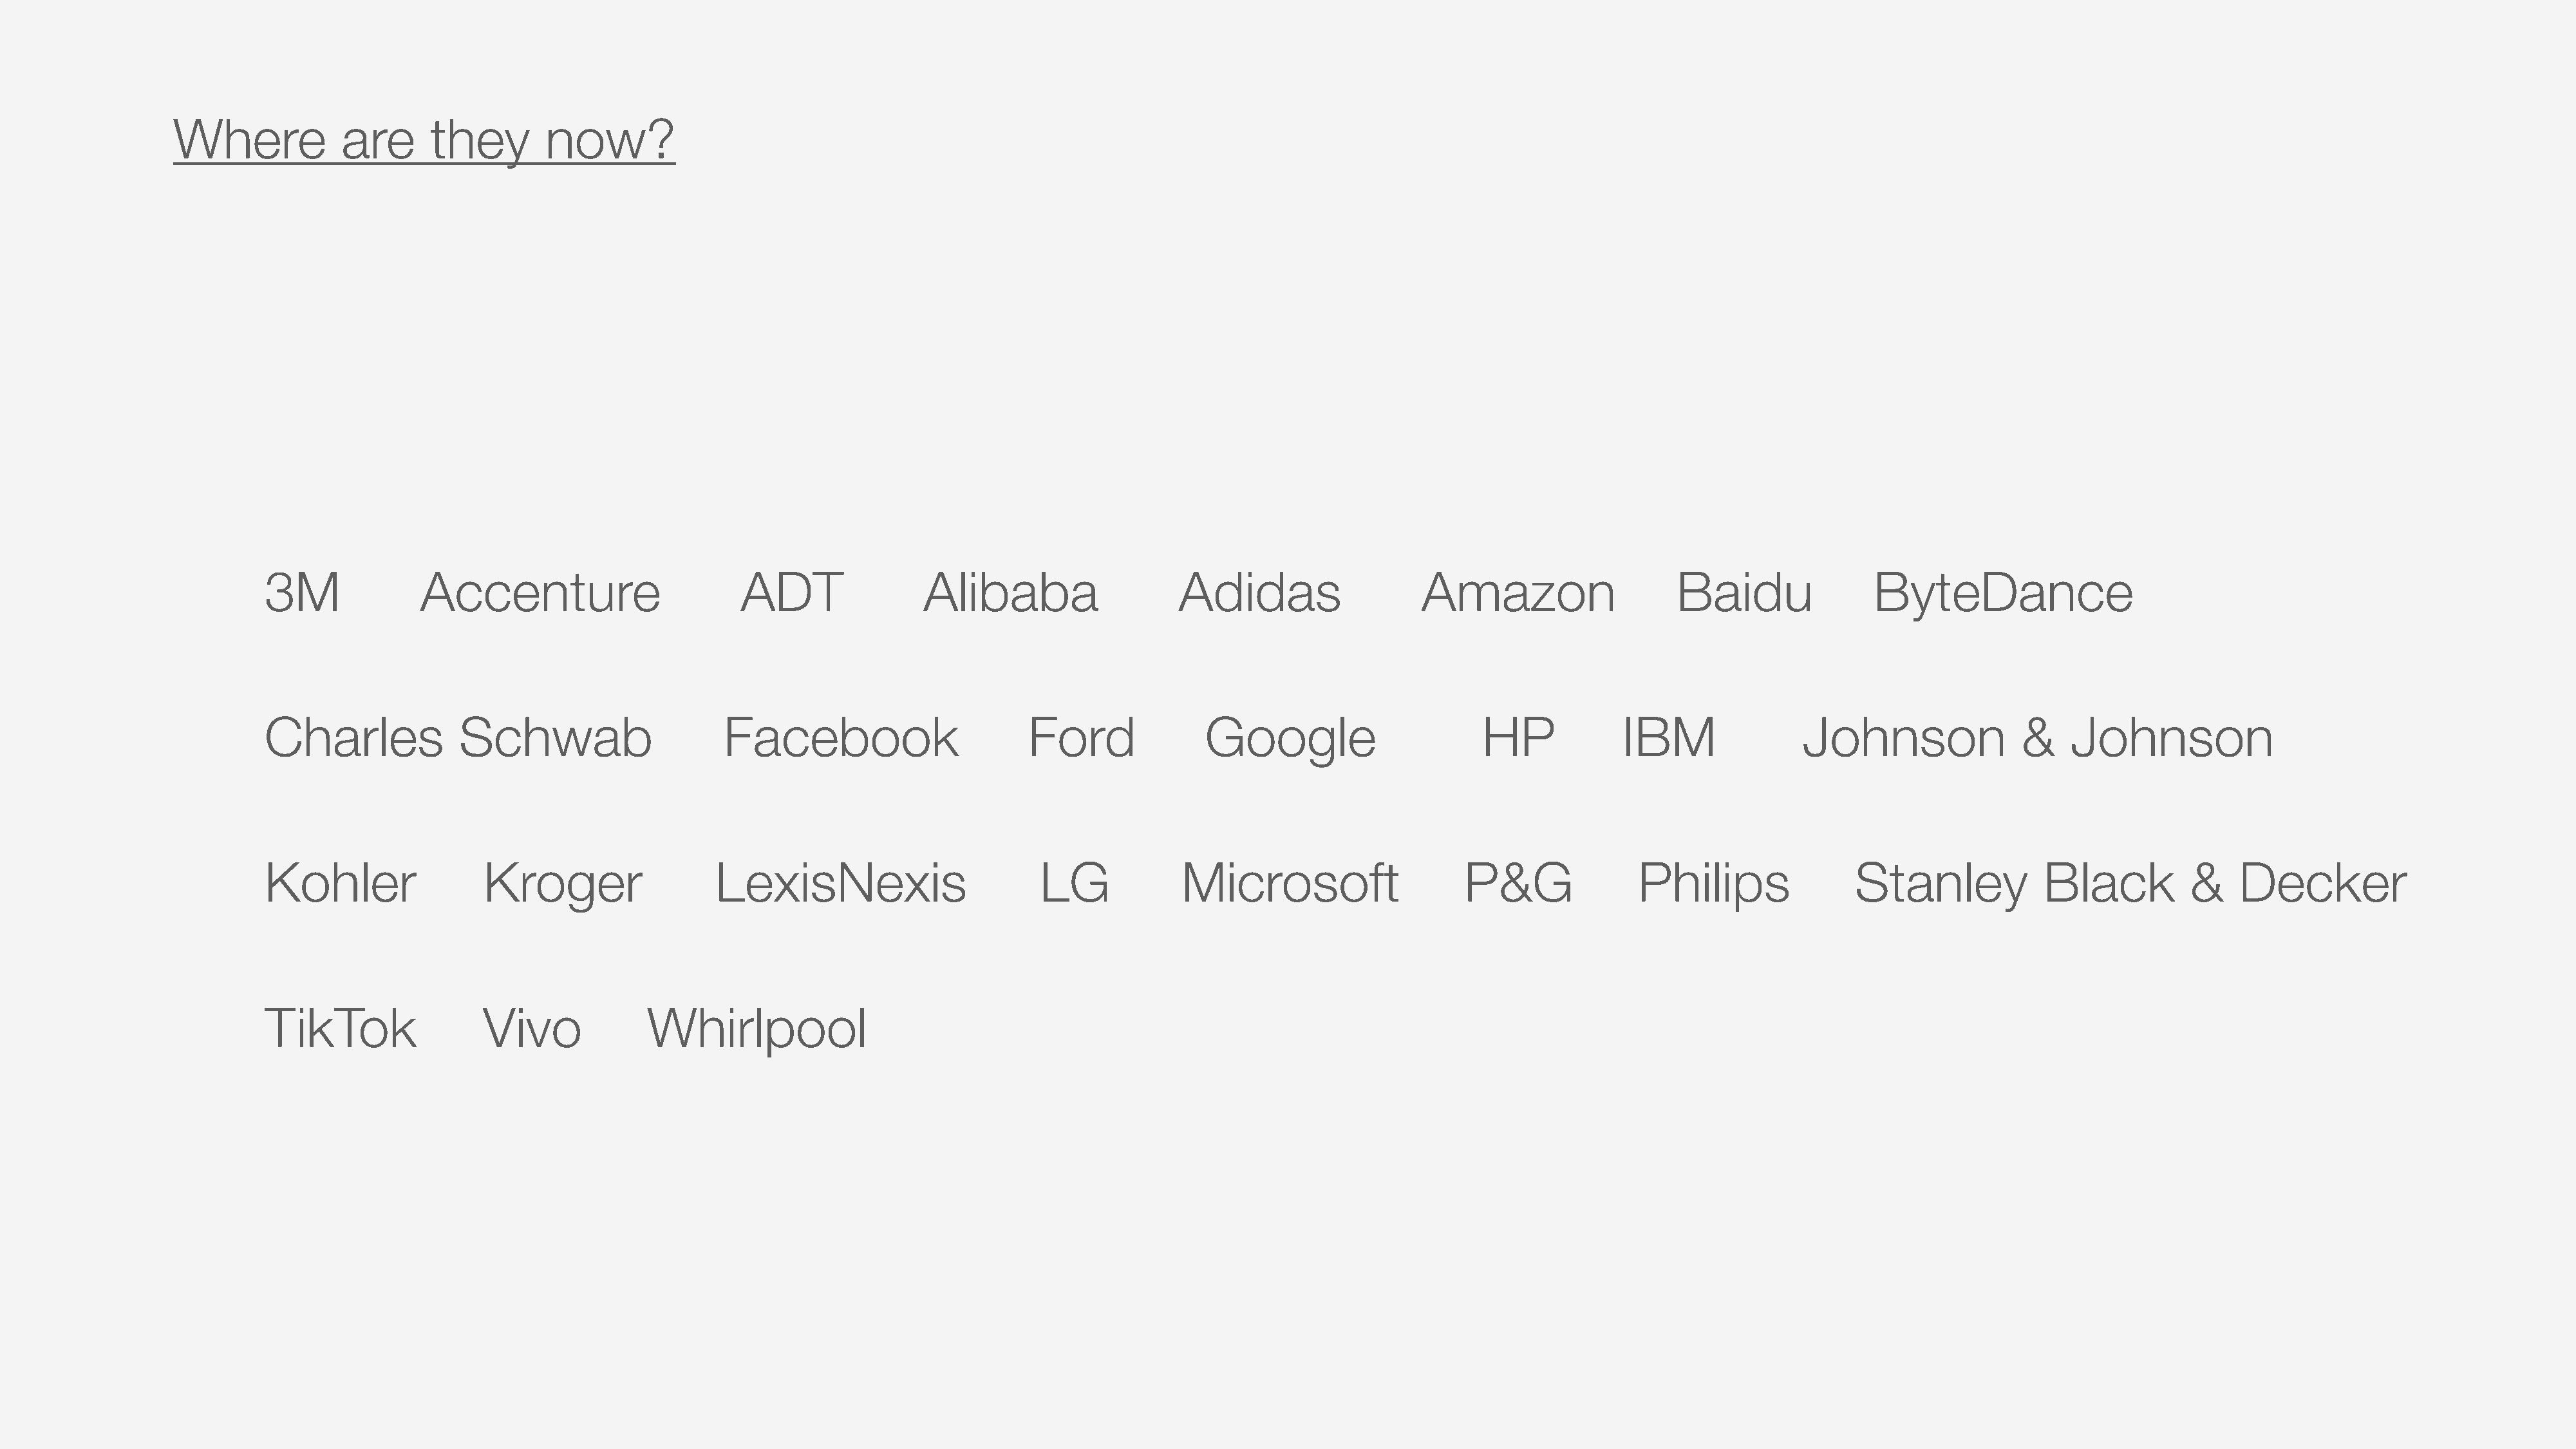
Where            are      they        now?
 3M              Accenture                        ADT                Alibaba                   Adidas                   Amazon                    Baidu                ByteDance
 Charles             Schwab                     Facebook                        Ford              Google                      HP             IBM               Johnson                &    Johnson
 Kohler                 Kroger                  LexisNexis                       LG            Microsoft                     P&G              Philips                Stanley            Black          &    Decker
 TikTok                 Vivo             Whirlpool